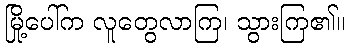
မြို့ပေါ်က လူတွေလာကြ၊ သွားကြ၏။